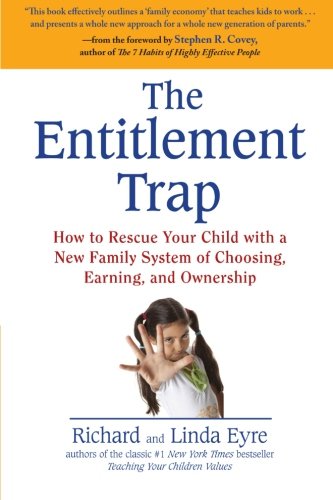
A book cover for The Entitlement Trap: How to Rescue Your Child with a New Family System of Choosing, Earning, and Owne rship; Richard Eyre; Parenting & Relationships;